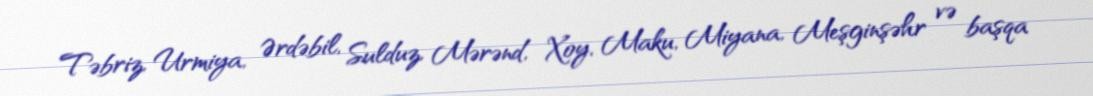
Təbriz, Urmiya, Ərdəbil, Sulduz, Mərənd, Xoy, Maku, Miyana, Meşginşəhr və başqa